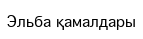
Эльба қамалдары